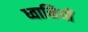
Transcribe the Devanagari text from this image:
ध्वानियों